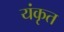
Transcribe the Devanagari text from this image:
यंकृत